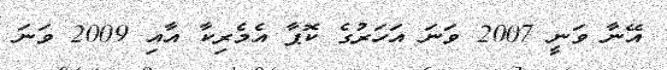
އޭނާ ވަނީ 2007 ވަނަ އަހަރުގެ ކޮޕާ އެމެރިކާ އާއި 2009 ވަނަ